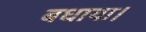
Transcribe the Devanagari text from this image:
बधाया।